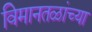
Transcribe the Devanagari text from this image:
विमानतळांच्या